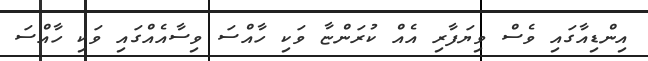
އިންޑިއާގައި ވެސް ވިޔަފާރި އެއް ކުރަންޏާ ވަކި ހާއްސަ ވިސާއެއްގައި ވަކި ހާއްސަ